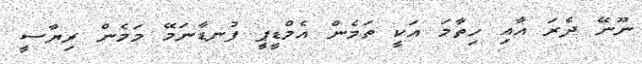
ނޫނޭ ދެރަ އާއި ހިތާމަ އަކީ ތަމެން އެމްޑީޕީ ފުނޑާނަމޭ މަމެން ރިޔާސީ